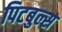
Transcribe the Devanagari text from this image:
पिटबुल्स